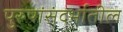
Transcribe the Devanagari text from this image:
पुरुषांसंदर्भातील